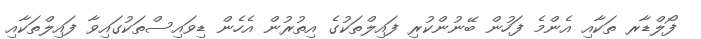
ފޯލްޑާރ ތަކާއި އެންމެ ފަހުން ބޭނުންކުރި ފައިލްތަކުގެ އިތުރުން އެހެން ޑިވައިސްތަކުގައިވާ ފައިލްތަކާއި